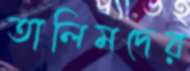
তালিমদের